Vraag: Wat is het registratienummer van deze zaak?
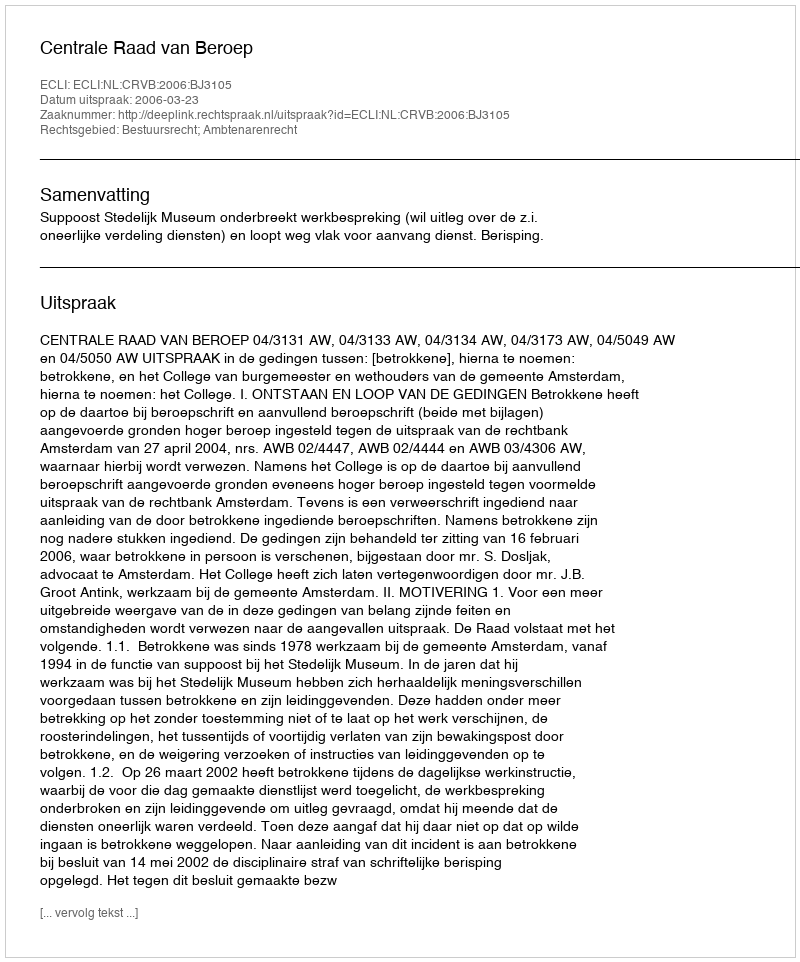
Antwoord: http://deeplink.rechtspraak.nl/uitspraak?id=ECLI:NL:CRVB:2006:BJ3105